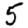
Digit: 5